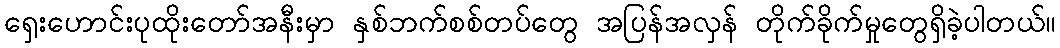
ရှေးဟောင်းပုထိုးတော်အနီးမှာ နှစ်ဘက်စစ်တပ်တွေ အပြန်အလှန် တိုက်ခိုက်မှုတွေရှိခဲ့ပါတယ်။